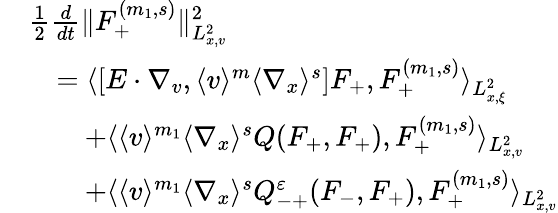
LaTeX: \begin{array}{rl}&{\frac{1}{2}\frac{d}{dt}\| F_{+}^{(m_{1},s)}\| _{L_{x,v}^{2}}^{2}}\\ &{\quad=\langle[E\cdot\nabla_{v},\langle v\rangle^{m}\langle\nabla_{x}\rangle^{s}]F_{+},F_{+}^{(m_{1},s)}\rangle_{L_{x,\xi}^{2}}}\\ &{\quad\quad+\langle\langle v\rangle^{m_{1}}\langle\nabla_{x}\rangle^{s}Q(F_{+},F_{+}),F_{+}^{(m_{1},s)}\rangle_{L_{x,v}^{2}}}\\ &{\quad\quad+\langle\langle v\rangle^{m_{1}}\langle\nabla_{x}\rangle^{s}Q_{-+}^{\varepsilon}(F_{-},F_{+}),F_{+}^{(m_{1},s)}\rangle_{L_{x,v}^{2}}}\end{array}